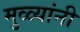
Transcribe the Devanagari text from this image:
मुळ्यांनी